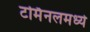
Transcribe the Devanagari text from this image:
टर्मिनलमध्ये